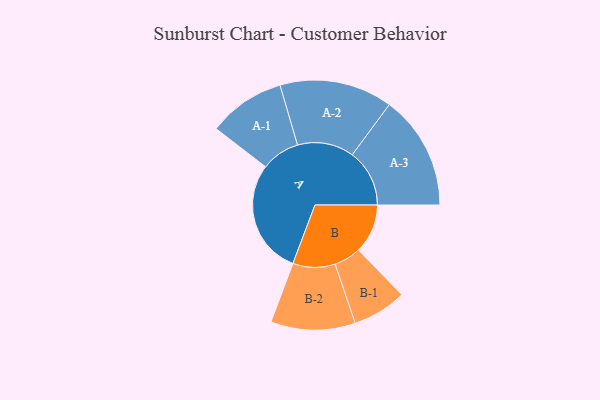
{"axis": {"x": "Segment", "y": "Value"}, "legend": ["", "A", "B"], "data": [{"x": "A", "y": 466, "type": ""}, {"x": "B", "y": 200, "type": ""}, {"x": "A-1", "y": 157, "type": "A"}, {"x": "A-2", "y": 230, "type": "A"}, {"x": "A-3", "y": 233, "type": "A"}, {"x": "B-1", "y": 110, "type": "B"}, {"x": "B-2", "y": 172, "type": "B"}]}